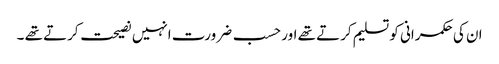
ان کی حکمرانی کو تسلیم کرتے تھے اور حسب ضرورت انہیں نصیحت کرتے تھے ۔